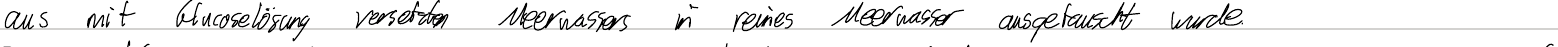
aus mit Glucoselösung versetzten Meerwassers in reines Meerwasser ausgetauscht wurde.